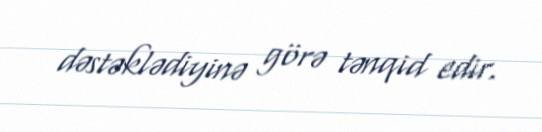
dəstəklədiyinə görə tənqid edir.